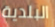
البلدية